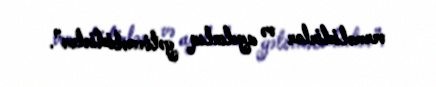
verməlidirlər və aydınlıq gətirməlidirlər”.